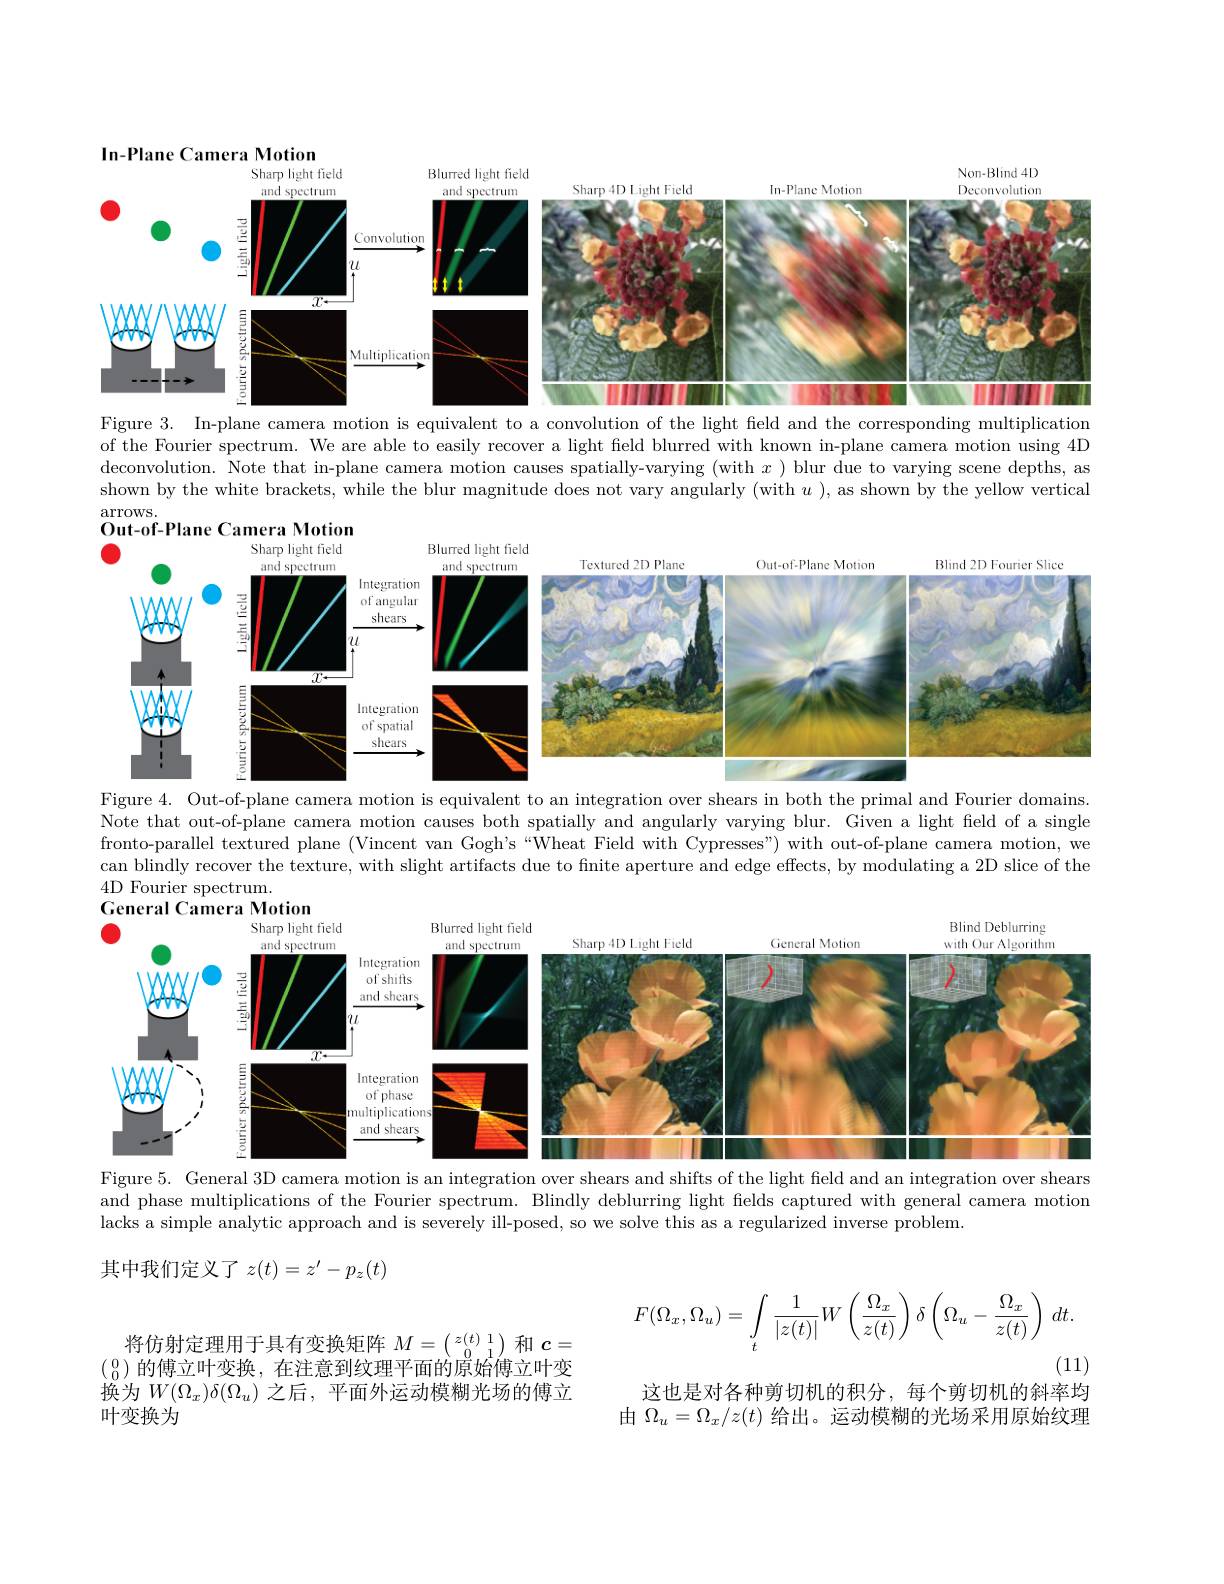
<FigureHere>

Figure 3. In-plane camera motion is equivalent to a convolution of the light field and the corresponding multiplication

of the Fourier spectrum. We are able to easily recover a light feld blurred with known in-plane camera motion using 4D deconvolution. Note that in-plane camera motion causes spatially-varying (with $x)$ blur due to varying scene depths, as shown by the white brackets, while the blur magnitude does not vary angularly (with $u$ ), as shown by the yellow vertical $\operatorname{arrows}.$

<FigureHere>

Figure 4. Out-of-plane camera motion is equivalent to an integration over shears in both the primal and Fourier domains. Note that out-of-plane camera motion causes both spatially and angularly varying blur. Given a light feld of a single fronto-parallel textured plane (Vincent van Gogh's “Wheat Field with Cypresses") with out-of-plane camera motion, we can blindly recover the texture, with slight artifacts due to finite aperture and edge effects, by modulating a 2D slice of the 4D Fourier spectrum.

<FigureHere>
Figure 5. General 3D camera motion is an integration over shears and shifts of the light field and an integration over shears

and phase multiplications of the Fourier spectrum. Blindly deblurring light felds captured with general camera motion
lacks a simple analytic approach and is severely ill-posed, so we solve this as a regularized inverse problem.

其中我们定义了$z(t)=z^\prime-p_z(t)$
$$F(\Omega_x,\Omega_u)=\int\limits_t\frac{1}{|z(t)|}W\left(\frac{\Omega_x}{z(t)}\right)\delta\left(\Omega_u-\frac{\Omega_x}{z(t)}\right)\:dt.$$
(11)

将仿射定理用于具有变换矩阵$M=\left(\begin{smallmatrix}z(t)&1\\0&1\end{smallmatrix}\right)$和$\boldsymbol{c}=$ $(\begin{smallmatrix}0\\0\end{smallmatrix})的傅立叶变换，在注意到纹理平面的原始傅立叶变$ 换为$W(\Omega_x)\delta(\Omega_u)$ 之后，平面外运动模糊光场的傅立叶变换为

这也是对各种剪切机的积分，每个剪切机的斜率均由$\Omega_u=\Omega_x/z(t)$给出。运动模糊的光场采用原始纹理